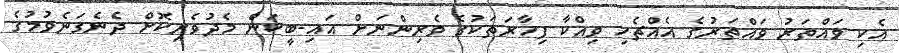
އެކި ވައްތަރު ވައްތަރުގެ އެއްޗެހި ވިއްކާ ފިހާރަތަކުގެ ވެރިންނަށް އައި-ބީކަން މެދުވެރިކޮށް ދެނެގަނެވުމުގެ